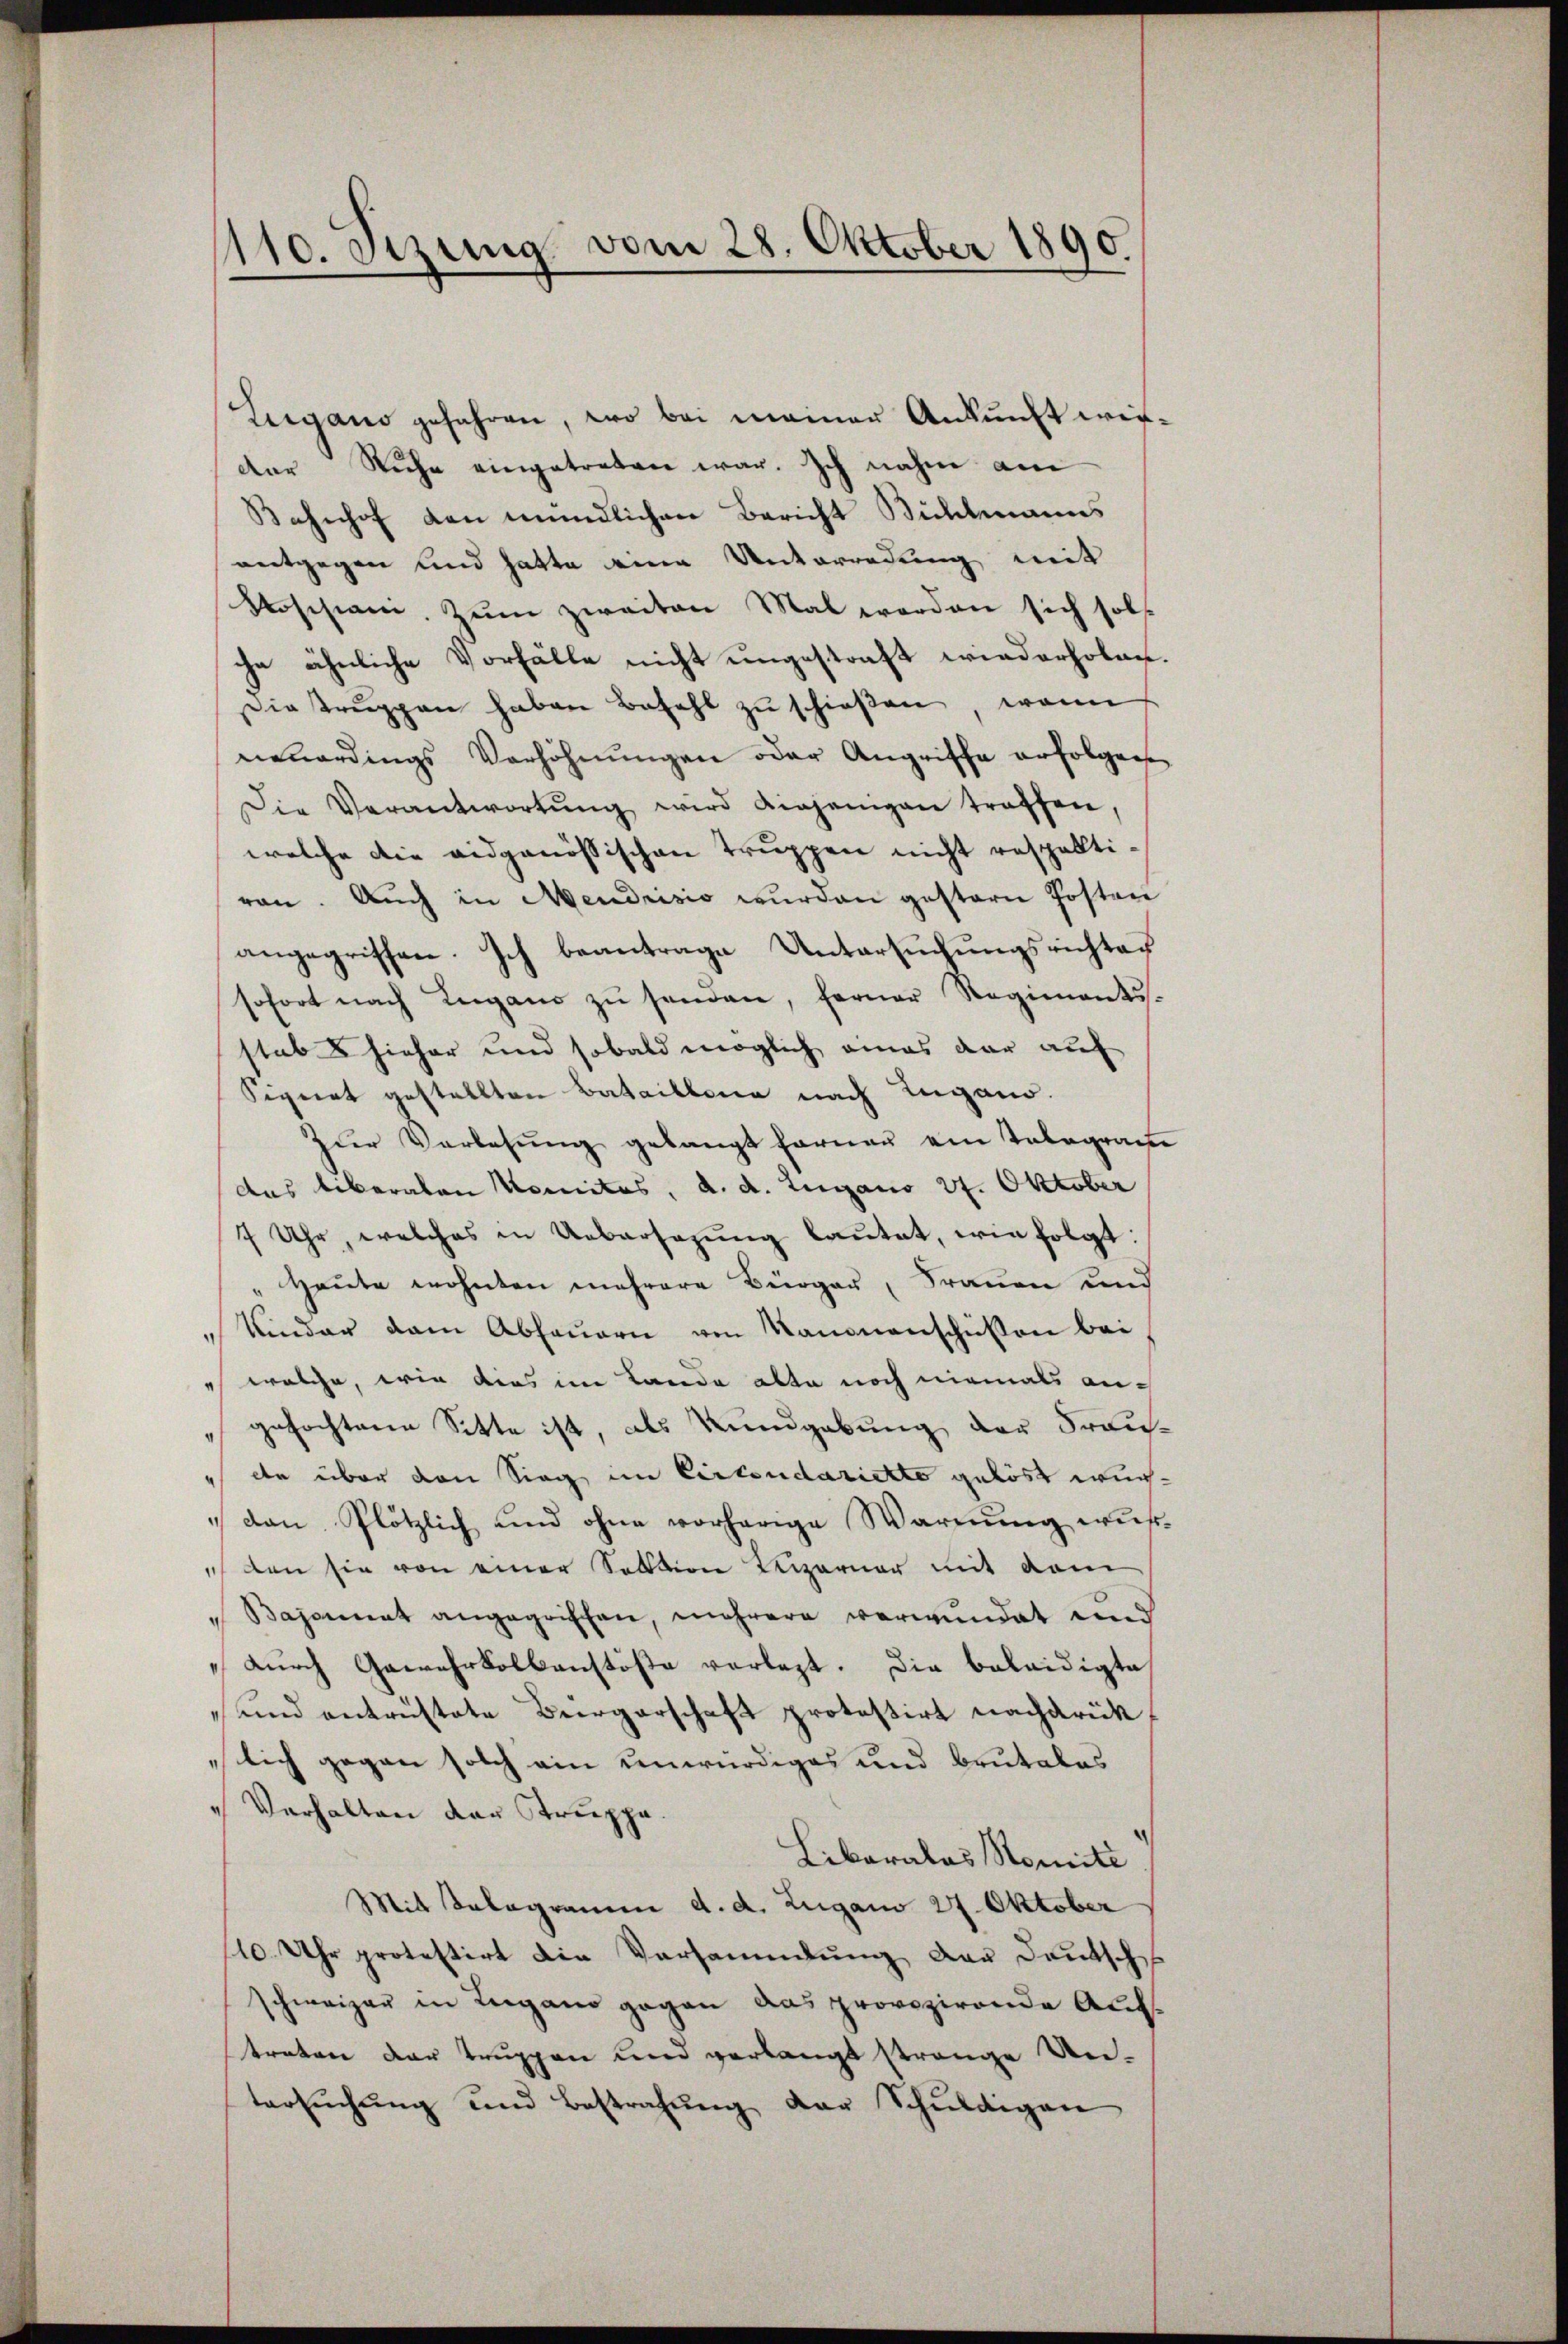
110. Setzung vom 28. Oktober 1890.

Lugano gefahren, wo bei meiner Ankunft wirder Ruhe eingetreten war. Ich nahm am
Bahnhof den mündlichen Bericht Bühlmanns
antgegen und hatte eine Unterredung mit
Rossiani, Zum zweiten Mal worden sich solche ähnliche Vorfälle nicht ungestraft wiederholen.
ietrŭppen haben Befehl zŭ schieβen, wenn
neuerdings Verhöhnŭngen oder Angriffe erfolgen
Die Verantwortŭng wird diejenigen treffen,
welche die eidgenössischen Truppen nicht respektiran. Auch in Mendrisio wurden gestern Posten
angegriffen. Ich beantrage Untersuchungsrichten
sofort nach Lugano zŭ senden, ferner Regiments.
stab hieher und sobald möglich eines dar auf
Signat gestellten Bataillone nach Lugano.
Zŭr Verlesung gelangt ferner ein Telegram
das liberaten Komites, d. d. Lugano 27. Oktober
7 Uhr, welches in Uebersagung lautet, wie folgt:
Heute wohnten mehrere Bürger, Frauen und
Kinder dem Abhauern von Kanonenschüssen bei
 welche, wie dies im Landa alte noch niemals an¬
" gefochtene Sitte ist, als Kundgebung der Fraute über den Sieg im Circondariette gelöst wur¬
" daṅ Plötzlich und ohne vorherige Warnŭng wüß
 den sie von einer Sektion Kliparuar mit dem
Bajonnat angegriffen, mehrere verwundet und
„Durch Gewehrkolkanstöße vorlegt. Die beleidigte
und antrüstete Bürgerschaft protestirt nachdrück
lich gegen solch ein unwürdiges und brutales
" Verhalten der Truppe
Liberalas Nomité
Mit Telegramm d. d. Zugano 27. Oktober
10. Uhr protestirt die Versammlung der Deutsch
schweizer in Lugano gegen das provozirende Auftraten dar truppen und verlangt strange Un-
tersŭchŭng und Bestrafŭng der Schuldigen